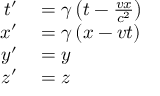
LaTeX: \begin{array} { r l } { t ^ { \prime } } & { { } = \gamma \left( t - { \frac { v x } { c ^ { 2 } } } \right) } \\ { x ^ { \prime } } & { { } = \gamma \left( x - v t \right) } \\ { y ^ { \prime } } & { { } = y } \\ { z ^ { \prime } } & { { } = z } \end{array}